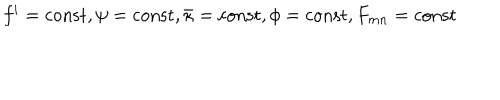
LaTeX: f ^ { i } = \mathrm { c o n s t } , \psi = \mathrm { c o n s t } , \bar { \kappa } = \mathrm { c o n s t } , \phi = \mathrm { c o n s t } , F _ { m n } = \mathrm { c o n s t }